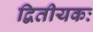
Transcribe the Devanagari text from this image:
द्वितीयकः